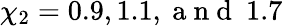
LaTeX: \chi_{2}=0.9,1.1,\mathrm{~a~n~d~}~1.7